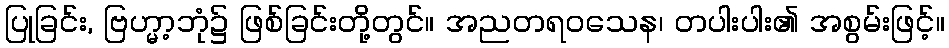
ပြုခြင်း, ဗြဟ္မာ့ဘုံ၌ ဖြစ်ခြင်းတို့တွင်။ အညတရဝသေန၊ တပါးပါး၏ အစွမ်းဖြင့်။